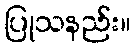
ပြုသနည်း။